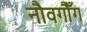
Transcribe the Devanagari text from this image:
नौवगौँग